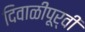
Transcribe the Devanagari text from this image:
दिवाळीपूर्वी